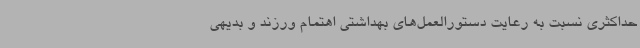
حداکثری نسبت به رعایت دستورالعمل‌های بهداشتی اهتمام ورزند و بدیهی